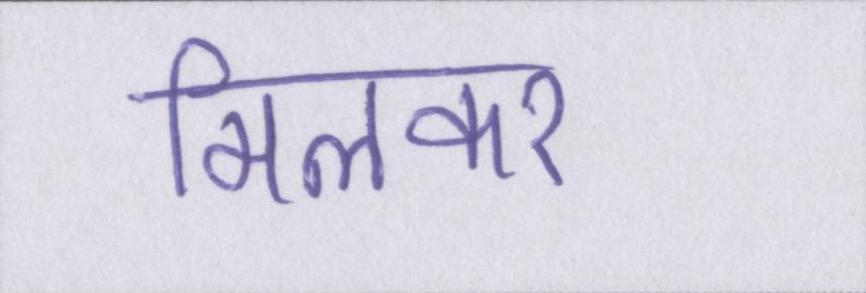
मिलकर